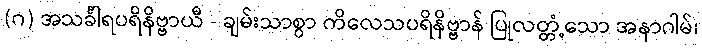
(ဂ) အသင်္ခါရပရိနိဗ္ဗာယီ - ချမ်းသာစွာ ကိလေသပရိနိဗ္ဗာန် ပြုလတ္တံ့သော အနာဂါမ်၊